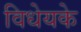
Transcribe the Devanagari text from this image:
विधेयके